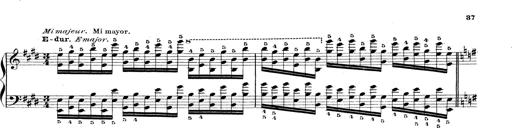
Title: Technische Studien
Composer: Franz Liszt